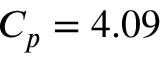
C _ { p } = 4 . 0 9